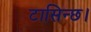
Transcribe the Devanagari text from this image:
टासिन्छ।